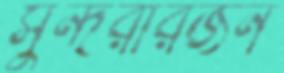
সুন্দরারজন